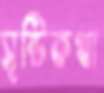
সৃষ্টিকথা